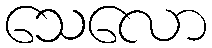
သေလော